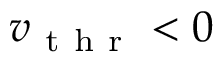
v _ { \mathrm { ~ t ~ h ~ r ~ } } < 0